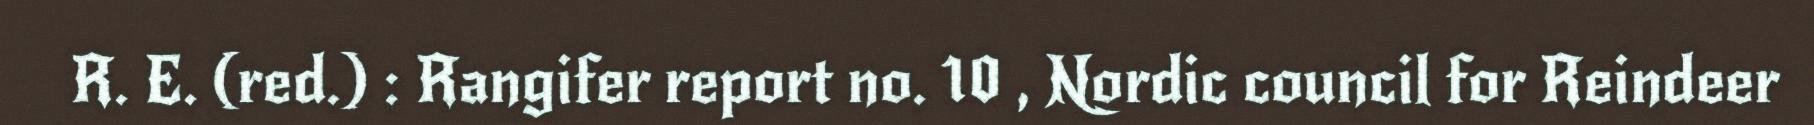
R. E. (red.) : Rangifer report no. 10 , Nordic council for Reindeer